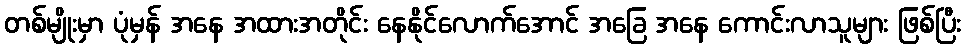
တစ်မျိုးမှာ ပုံမှန် အနေ အထားအတိုင်း နေနိုင်လောက်အောင် အခြေ အနေ ကောင်းလာသူများ ဖြစ်ပြီး